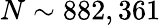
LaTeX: N\sim 882,361